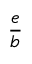
\frac { e } { b }